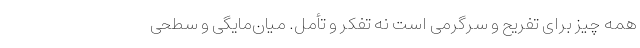
همه چیز برای تفریح و سرگرمی است نه تفکر و تأمل. میان‌مایگی و سطحی